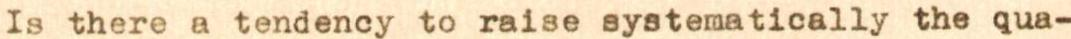
Is there a tendency to raise systematically the qua-